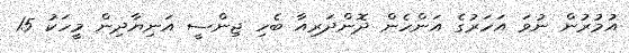
އުމުރުން ނުވަ އަހަރުގެ އަންހެން ދޮންދަރިއާ ބެހި ޖިންސީ އަނިޔާދިން މީހަކު 15